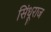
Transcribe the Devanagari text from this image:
सिंधूराज